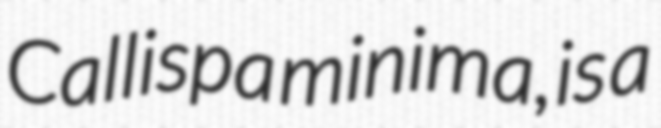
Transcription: Callispa minima, is a